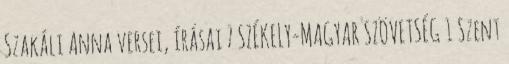
Szakáli Anna versei, írásai 7 SZÉKELY-MAGYAR SZÖVETSÉG 1 Szent